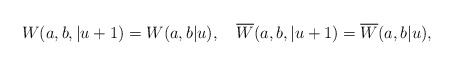
\begin{align*}W(a,b,|u+1)=W(a,b|u),\quad \overline{W}(a,b,|u+1)=\overline{W}(a,b|u), \end{align*}